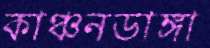
কাঞ্চনডাঙ্গা